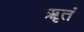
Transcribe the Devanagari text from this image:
ॠतं